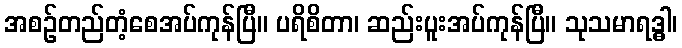
အစဉ်တည်တံ့စေအပ်ကုန်ပြီ။ ပရိစိတာ၊ ဆည်းပူးအပ်ကုန်ပြီ။ သုသမာရဒ္ဓါ၊